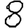
Digit: 8